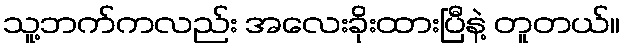
သူ့ဘက်ကလည်း အလေးခိုးထားပြီနဲ့ တူတယ်။